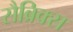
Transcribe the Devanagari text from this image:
सैब्रिक्स